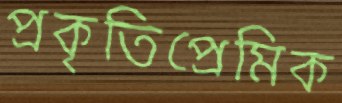
প্রকৃতিপ্রেমিক